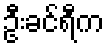
ဦးခင်ရီက